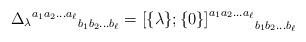
LaTeX: \begin{align*}{{\Delta_{\lambda}}^{a_{1}a_{2}\ldots a_{\ell}}}_{b_{1}b_{2}\ldots b_{\ell}} ={{[} {\{} \lambda {\}};{\{} 0 {\}}{]}^{a_{1}a_{2}\ldots a_{\ell}}}_{b_{1}b_{2}\ldots b_{\ell}}\end{align*}